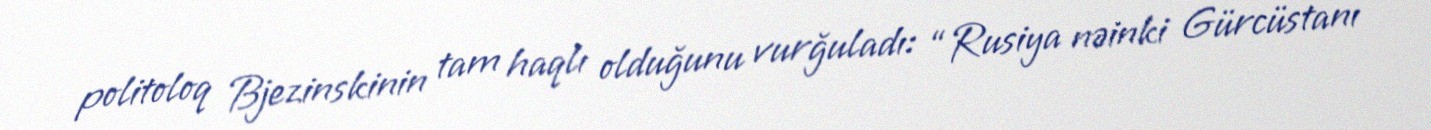
politoloq Bjezinskinin tam haqlı olduğunu vurğuladı: “Rusiya nəinki Gürcüstanı